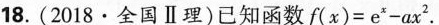
18.(2018·全国Ⅱ理)已知函数$$f ( x ) = e ^ { x } - a x ^ { 2 }$$。